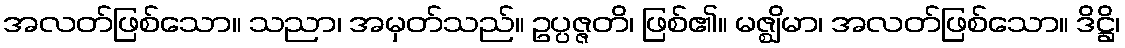
အလတ်ဖြစ်သော။ သညာ၊ အမှတ်သည်။ ဥပ္ပဇ္ဇတိ၊ ဖြစ်၏။ မဇ္ဈိမာ၊ အလတ်ဖြစ်သော။ ဒိဋ္ဌိ၊